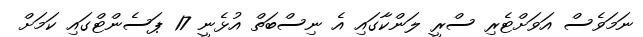
ނަމަވެސް އަވަށްޓެރި ސްރީ ލަންކާގައި އެ ނިސްބަތް އުޅެނީ 17 ޕަސެންޓްގައި ކަމަށް